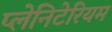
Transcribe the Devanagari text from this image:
प्लेनिटेरियम